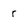
Character: r